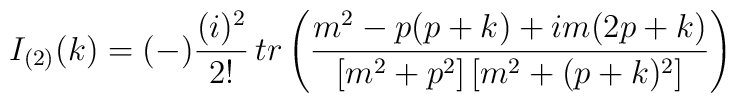
I_{(2)}(k)=(-)\frac{(i)^2}{2!} \, tr\left({m^2-p(p+k)+i m(2p+k)\over[m^2+p^2]\,[m^2+(p+k)^2]}\right)